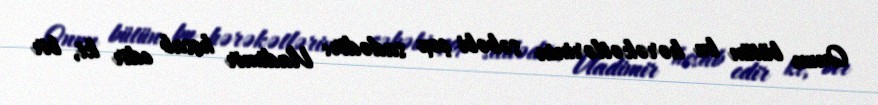
Onun bütün bu hərəkətlərinin səbəbi çox sadədir: Vladimir hesab edir ki, bir